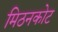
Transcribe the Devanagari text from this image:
मिठनकोट